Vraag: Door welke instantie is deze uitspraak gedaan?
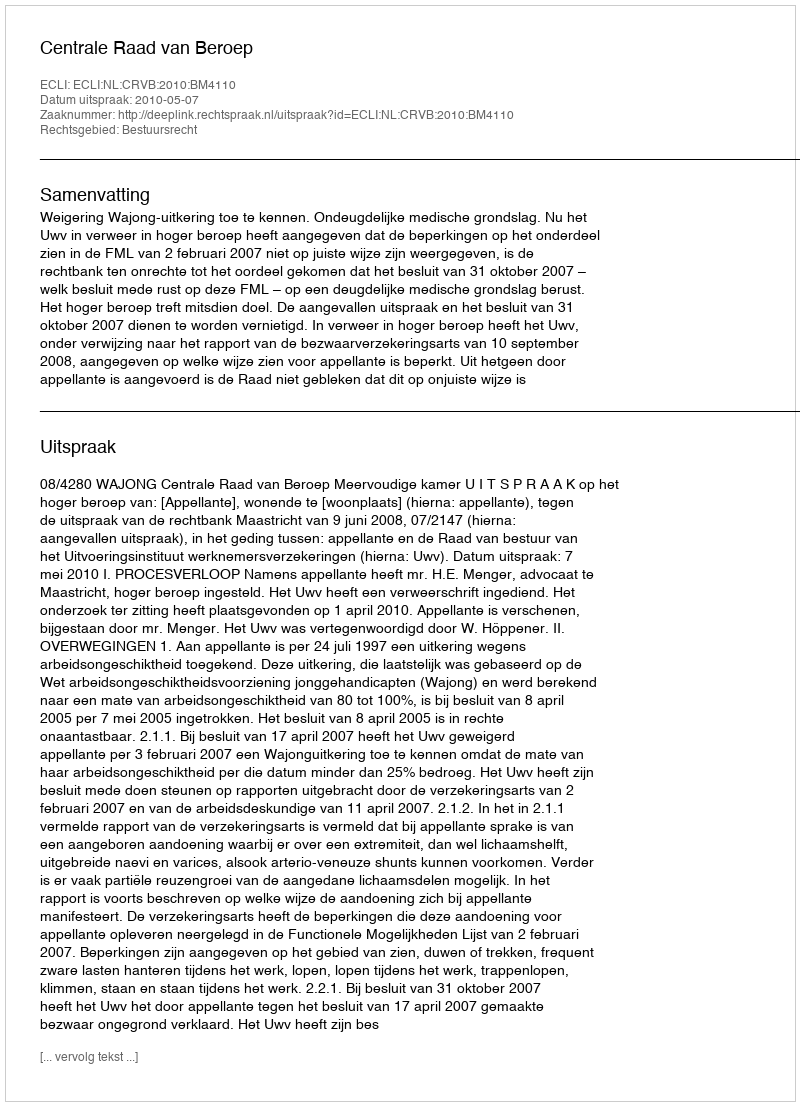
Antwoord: Centrale Raad van Beroep